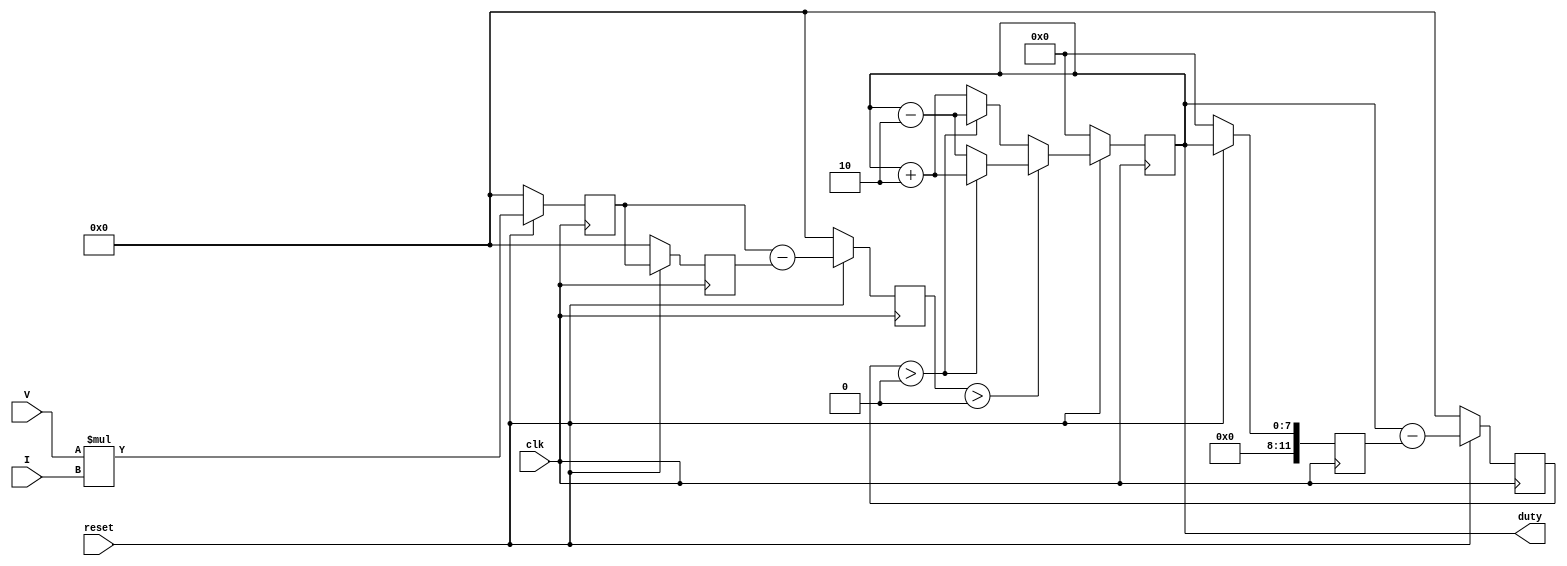
// SPDX-FileCopyrightText: 2020 Efabless Corporation
//
// Licensed under the Apache License, Version 2.0 (the "License");
// you may not use this file except in compliance with the License.
// You may obtain a copy of the License at
//
//      http://www.apache.org/licenses/LICENSE-2.0
//
// Unless required by applicable law or agreed to in writing, software
// distributed under the License is distributed on an "AS IS" BASIS,
// WITHOUT WARRANTIES OR CONDITIONS OF ANY KIND, either express or implied.
// See the License for the specific language governing permissions and
// limitations under the License.
// SPDX-License-Identifier: Apache-2.0

`default_nettype none
/*
 *-------------------------------------------------------------
 *
 * MPPT
 *
 *
 *-------------------------------------------------------------
 */

module mppt #(
    parameter N_BITS = 12
)(
    input clk,
    input reset,
    input [N_BITS-1:0] V,
    input [N_BITS-1:0] I,
    output [7:0] duty
);

    wire [N_BITS-1:0] mult_result;
    reg [7:0] duty_reg;
    reg [N_BITS-1:0] Pow;
    reg [N_BITS-1:0] deltaP;
    reg [N_BITS-1:0] deltaD;
    reg [N_BITS-1:0] Pold;
    reg [N_BITS-1:0] Dold;
    reg [N_BITS-1:0] Dvar = 12'b000000000010;

    assign mult_result = V*I;
    

    always @(posedge clk) begin
        if (reset == 0) begin
            Pow <= 12'b0;
            deltaD <= 0;
            deltaP <= 0;
            Pold <= 0;
            Dold <= 0;
            duty_reg <= 12'b0;
        end else begin
            Pow <= mult_result;
            if (deltaP>0) begin
                if (deltaD>0) begin
                    duty_reg <= duty_reg + Dvar;
                end else begin
                    duty_reg <= duty_reg - Dvar;
                end
            end else begin
                if (deltaD>0) begin
                    duty_reg <= duty_reg - Dvar;
                end else begin
                    duty_reg <= duty_reg + Dvar;
                end
            end
            deltaP <= Pow - Pold;
            deltaD <= duty - Dold;
            Pold <= Pow;
            Dold <= duty;
        end
    end

    assign duty = duty_reg;

endmodule
`default_nettype wire